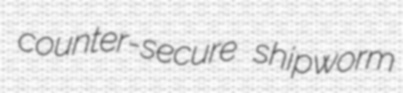
counter-secure shipworm